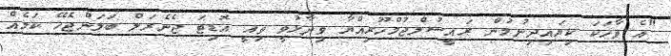
"އެ ވާހަކަ ކިޔައިދިނުމުން ރައީސުލްޖުމްހޫރިއްޔާ ވިދާޅުވީ ތިއީ އޮޑިޓަ ޖެނެރަލް ބަލަންޖެހޭ ކަމެއް